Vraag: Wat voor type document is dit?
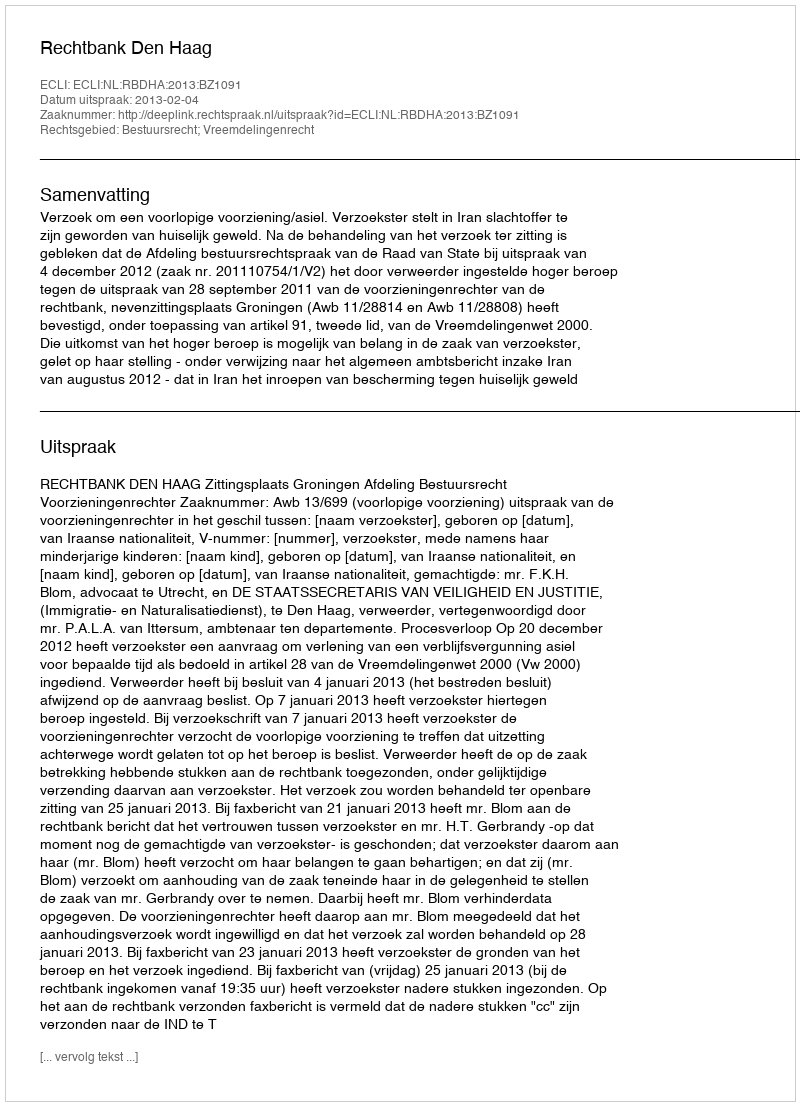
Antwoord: Uitspraak